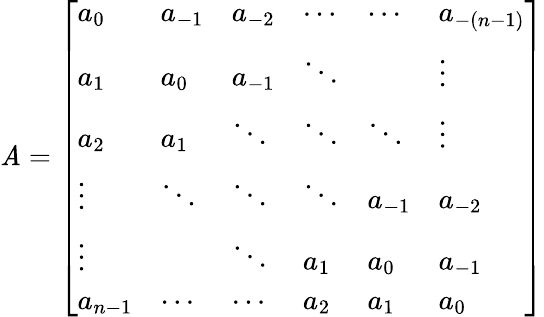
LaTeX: \mathit{A}={\left[\begin{array}{llllll}{a_{0}}&{a_{-1}}&{a_{-2}}&{\cdots}&{\cdots}&{a_{-(n-1)}}\\ {a_{1}}&{a_{0}}&{a_{-1}}&{\ddots}&{}&{\vdots}\\ {a_{2}}&{a_{1}}&{\ddots}&{\ddots}&{\ddots}&{\vdots}\\ {\vdots}&{\ddots}&{\ddots}&{\ddots}&{a_{-1}}&{a_{-2}}\\ {\vdots}&{}&{\ddots}&{a_{1}}&{a_{0}}&{a_{-1}}\\ {a_{n-1}}&{\cdots}&{\cdots}&{a_{2}}&{a_{1}}&{a_{0}}\end{array}\right]}